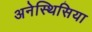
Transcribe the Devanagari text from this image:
अनेस्थिसिया